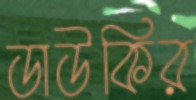
ডাউকির